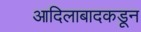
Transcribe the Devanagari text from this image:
आदिलाबादकडून